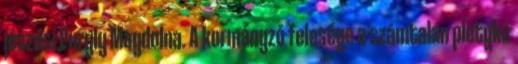
jószási Purgly Magdolna. A kormányzó felesége a számtalan pletyka